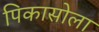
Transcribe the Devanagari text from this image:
पिकासोला